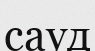
сауд